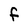
Character: f